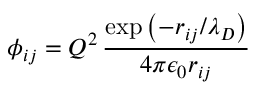
\phi _ { i j } = Q ^ { 2 } \, \frac { \exp \left( - r _ { i j } / \lambda _ { D } \right) } { 4 \pi \epsilon _ { 0 } r _ { i j } }